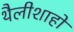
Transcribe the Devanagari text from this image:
थैलीशाहों